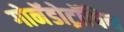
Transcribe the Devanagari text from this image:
गोनॅडोट्रॉपिन